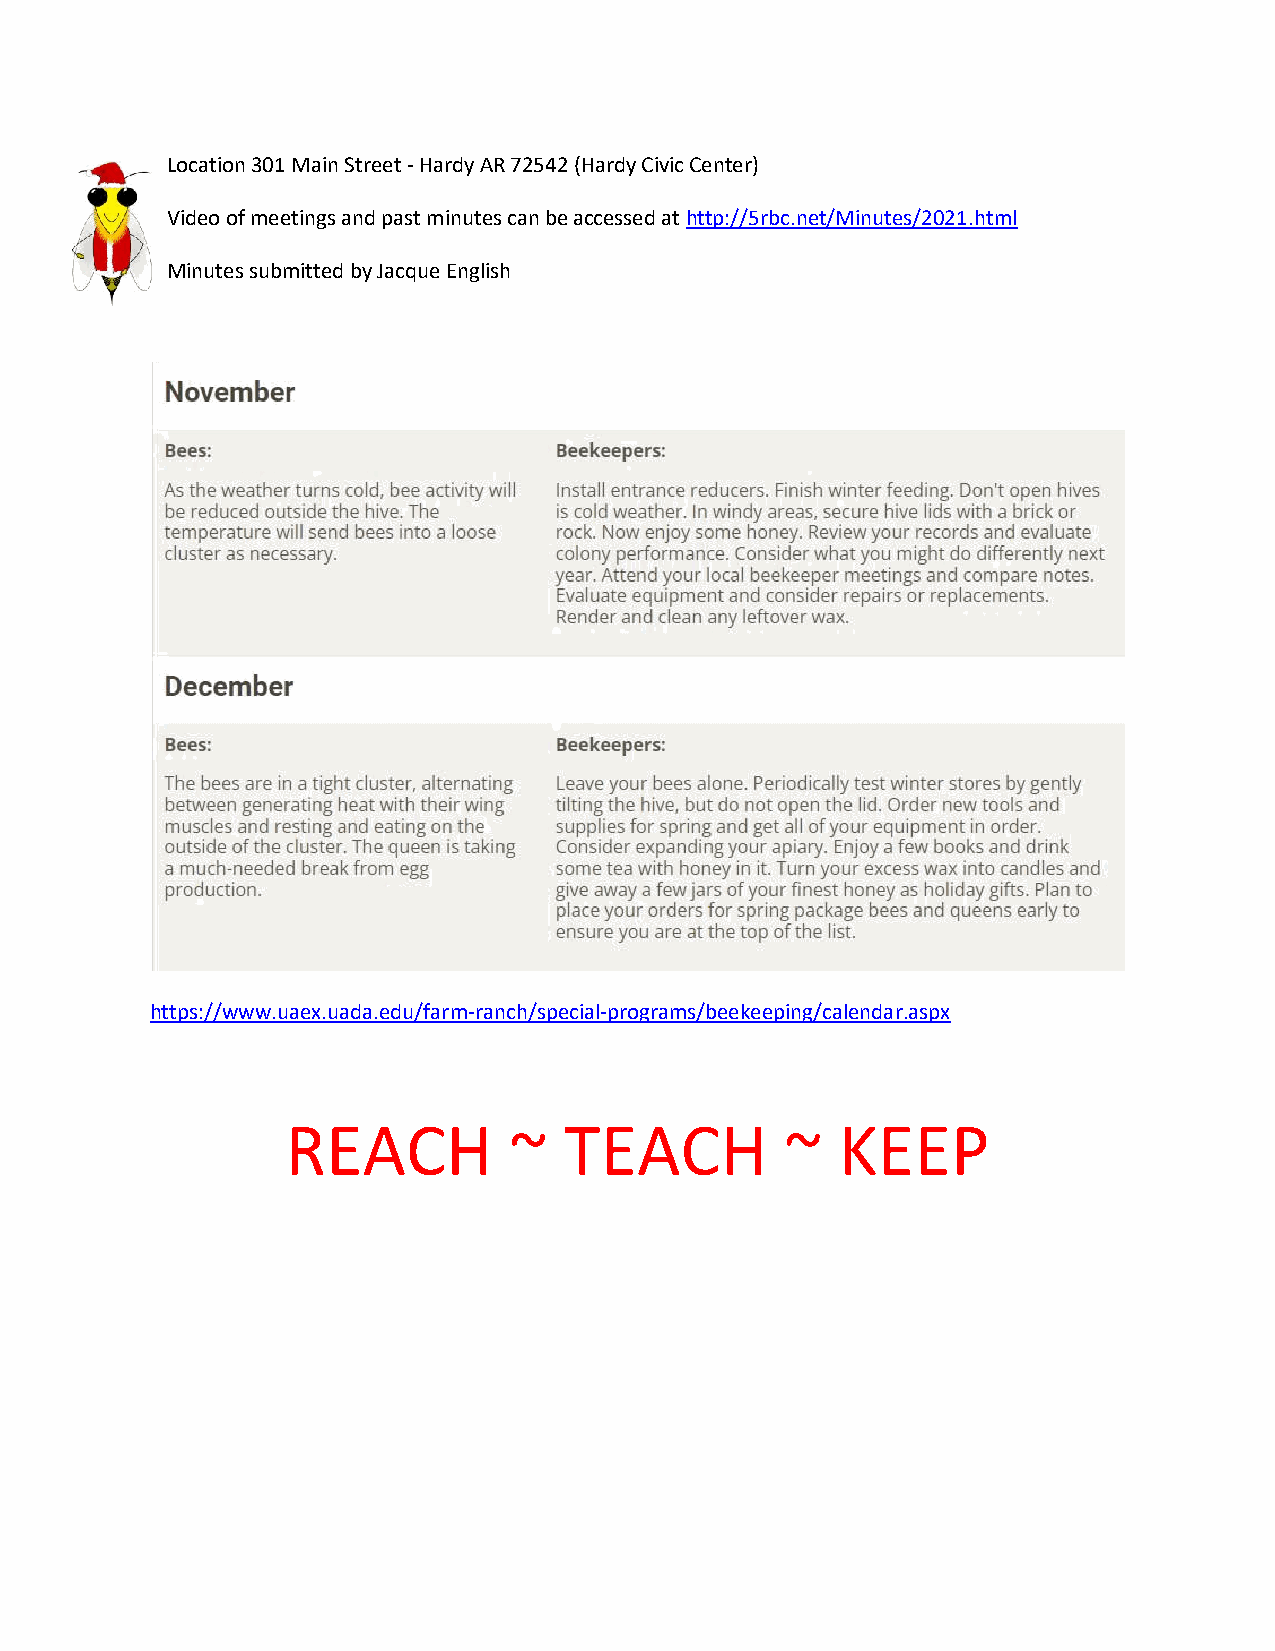
Location 301 Main Street - Hardy AR 72542 (Hardy Civic Center)
 Video of meetings and past minutes can be accessed at http://5rbc.net/Minutes/2021.html
 Minutes submitted by Jacque English
 https://www.uaex.uada.edu/farm-ranch/special-programs/beekeeping/calendar.aspx
 REACH          ~  TEACH          ~   KEEP